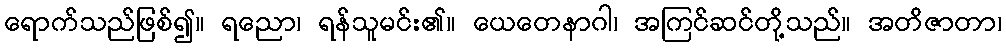
ရောက်သည်ဖြစ်၍။ ရညော၊ ရန်သူမင်း၏။ ယေတေနာဂါ၊ အကြင်ဆင်တို့သည်။ အတိဇာတာ၊